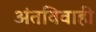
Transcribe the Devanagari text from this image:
अंतविवाही